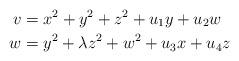
LaTeX: \begin{align*}v &= x^2 + y^2 + z^2 + u_1 y + u_2 w\\w &= y^2 + \lambda z^2 + w^2 + u_3 x + u_4 z\end{align*}